Leaving Certificate Examination, 1904
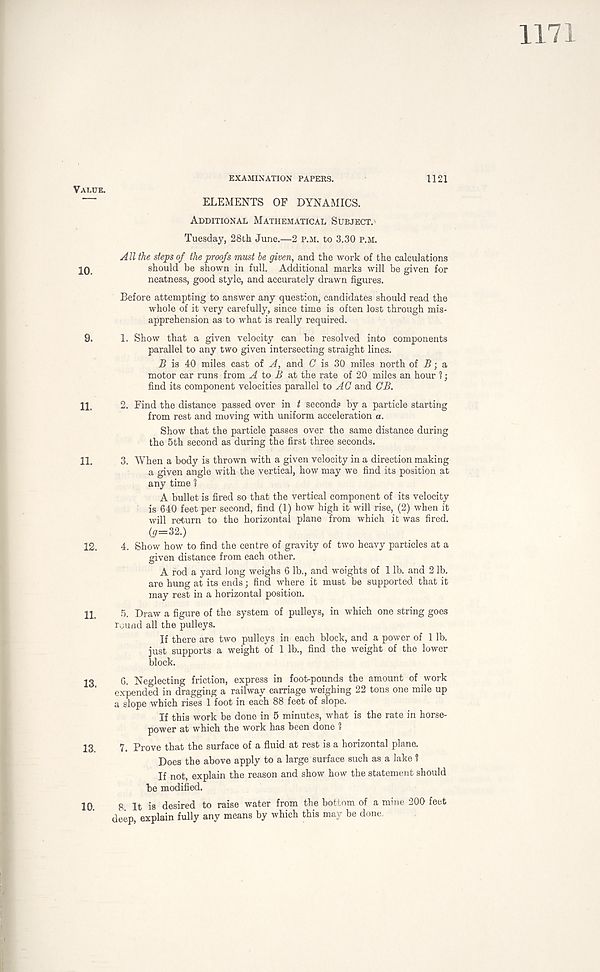
Value.
EXAMINATION PAPERS.
1121
10.
9.
11.
11.
12.
13.
10.
ELEMENTS OF DYNAMICS.
Additional Mathematical Subject.
Tuesday, 28th June.—2 P.M. to 3.30 P.M.
All the steps of the proofs must be given, and the work of the calculations
should be shown in full. Additional marks will be given for
neatness, good style, and accurately drawn figures.
Before attempting to answer any question, candidates should read the
whole of it very carefully, since time is often lost through mis-
apprehension as to what is really required.
1. Show that a given velocity can be resolved into components
parallel to any two given intersecting straight lines.
B is 40 miles east of A, and C is 30 miles north of i?; a
motor car runs from A to B at the rate of 20 miles an hour 1;
find its component velocities parallel to AC and CB.
2. Find the distance passed over in t seconds by a particle starting
from rest and moving with uniform acceleration a.
Show that the particle passes over the same distance during
the 5th second as during the first three seconds.
3. When a body is thrown with a given velocity in a direction making
a given angle with the vertical, how may we find its position at
any time 1
A bullet is fired so that the vertical component of its velocity
is 640 feet per second, find (1) how high it will rise, (2) when it
will return to the horizontal plane from which it was fired.
(0=32.)
4. Show how to find the centre of gravity of two heavy particles at a
given distance from each other.
A rod a yard long weighs 6 lb., and weights of 1 lb. and 2 lb.
are hung at its ends; find where it must be supported that it
may rest in a horizontal position.
5. Draw a figure of the system of pulleys, in which one string goes
round all the pulleys.
If there are two pulleys in each block, and a power of 1 lb.
just supports a weight of 1 lb., find the weight of the lower
block.
6. Neglecting friction, express in foot-pounds the amount of work
expended in dragging a railway carriage weighing 22 tons one mile up
a slope which rises 1 foot in each 88 feet of slope.
If this work be done in 5 minutes, what is the rate in horse-
power at which the work has been done 1
7. Prove that the surface of a fluid at rest is a horizontal plane.
Does the above apply to a large surface such as a lake 1
If not, explain the reason and show how the statement should
be modified.
8 It is desired to raise water from the bottom of a mine 200 feet
deep, explain fully any means by which this may be done.